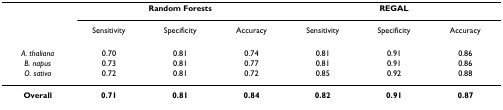
|  | <COLSPAN=3> Random Forests | <COLSPAN=3> REGAL |
 |  | Sensitivity | Specificity | Accuracy | Sensitivity | Specificity | Accuracy |
 | --- | --- | --- | --- | --- | --- | --- |
 | A. thaliana | 0.70 | 0.81 | 0.74 | 0.81 | 0.91 | 0.86 |
 | B. napus | 0.73 | 0.81 | 0.77 | 0.81 | 0.91 | 0.86 |
 | O. sativa | 0.72 | 0.81 | 0.72 | 0.85 | 0.92 | 0.88 |
 | Overall | 0.71 | 0.81 | 0.84 | 0.82 | 0.91 | 0.87 |